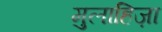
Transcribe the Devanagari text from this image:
मुलाहिज़ा